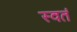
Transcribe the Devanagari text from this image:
स्वतं